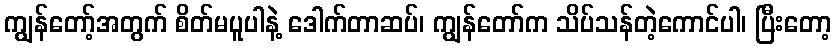
ကျွန်တော့်အတွက် စိတ်မပူပါနဲ့ ဒေါက်တာဆပ်၊ ကျွန်တော်က သိပ်သန်တဲ့ကောင်ပါ၊ ပြီးတော့